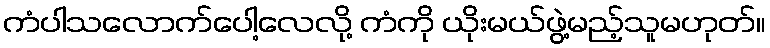
ကံပါသလောက်ပေါ့လေလို့ ကံကို ယိုးမယ်ဖွဲ့မည့်သူမဟုတ်။